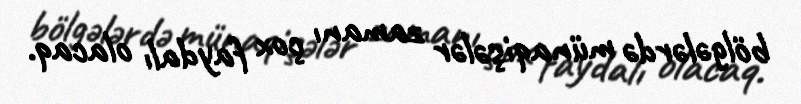
bölgələrdə münaqişələr zamanı çox faydalı olacaq.